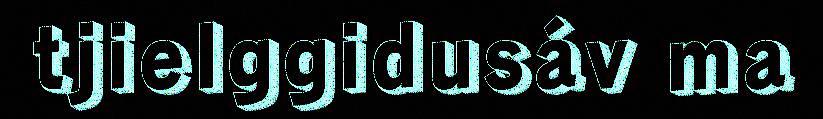
tjielggidusáv ma